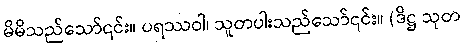
မိမိသည်သော်၎င်း။ ပရဿဝါ၊ သူတပါးသည်သော်၎င်း။ (ဒိဋ္ဌ သုတ